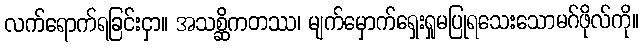
လက်ရောက်ရခြင်းငှာ။ အသစ္ဆိကတဿ၊ မျက်မှောက်ရှေးရှုမပြုရသေးသောမဂ်ဖိုလ်ကို။